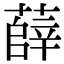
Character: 薛